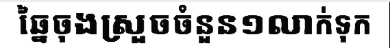
ឆ្នៃចុងស្រួចចំនួន១លាក់ទុក